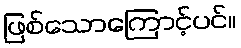
ဖြစ်သောကြောင့်ပင်။